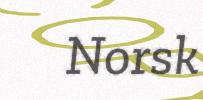
Norsk